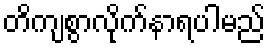
တိကျစွာလိုက်နာရပါမည်